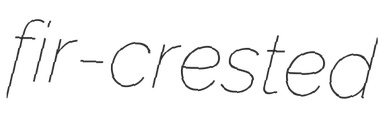
fir-crested